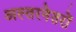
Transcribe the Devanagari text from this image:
अल्तरनेतरों